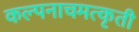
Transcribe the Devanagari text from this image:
कल्पनाचमत्कृती